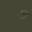
૭